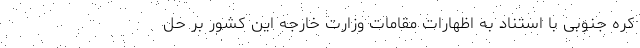
کره جنوبی با استناد به اظهارات مقامات وزارت خارجه این کشور بر حل